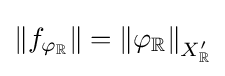
\left\|f_{\varphi _{\mathbb {R} }}\right\|=\left\|\varphi _{\mathbb {R} }\right\|_{X_{\mathbb {R} }^{\prime }}